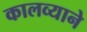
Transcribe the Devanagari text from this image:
कालव्याने